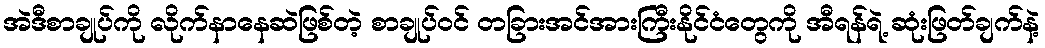
အဲဒီစာချုပ်ကို လိုက်နာနေဆဲဖြစ်တဲ့ စာချုပ်ဝင် တခြားအင်အားကြီးနိုင်ငံတွေကို အီရန်ရဲ့ ဆုံးဖြတ်ချက်နဲ့